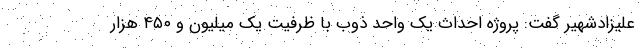
علیزادشهیر گفت: پروژه احداث یک واحد ذوب با ظرفیت یک میلیون و ۴۵۰ هزار